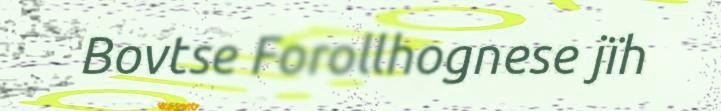
Bovtse Forollhognese jïh